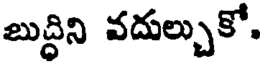
బుద్ధిని వదుల్చుకో.